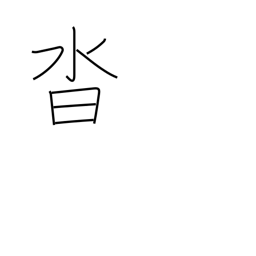
Meaning: shoes